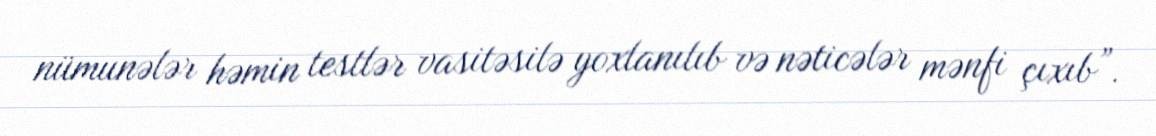
nümunələr həmin testlər vasitəsilə yoxlanılıb və nəticələr mənfi çıxıb”.